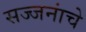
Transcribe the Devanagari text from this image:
सज्जनांचे